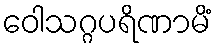
ဝေါသဂ္ဂပရိဏာမိံ